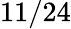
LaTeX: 11/24